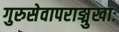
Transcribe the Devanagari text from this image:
गुरुसेवापराङ्मुखाः